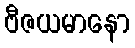
ဗီဇယမာနော